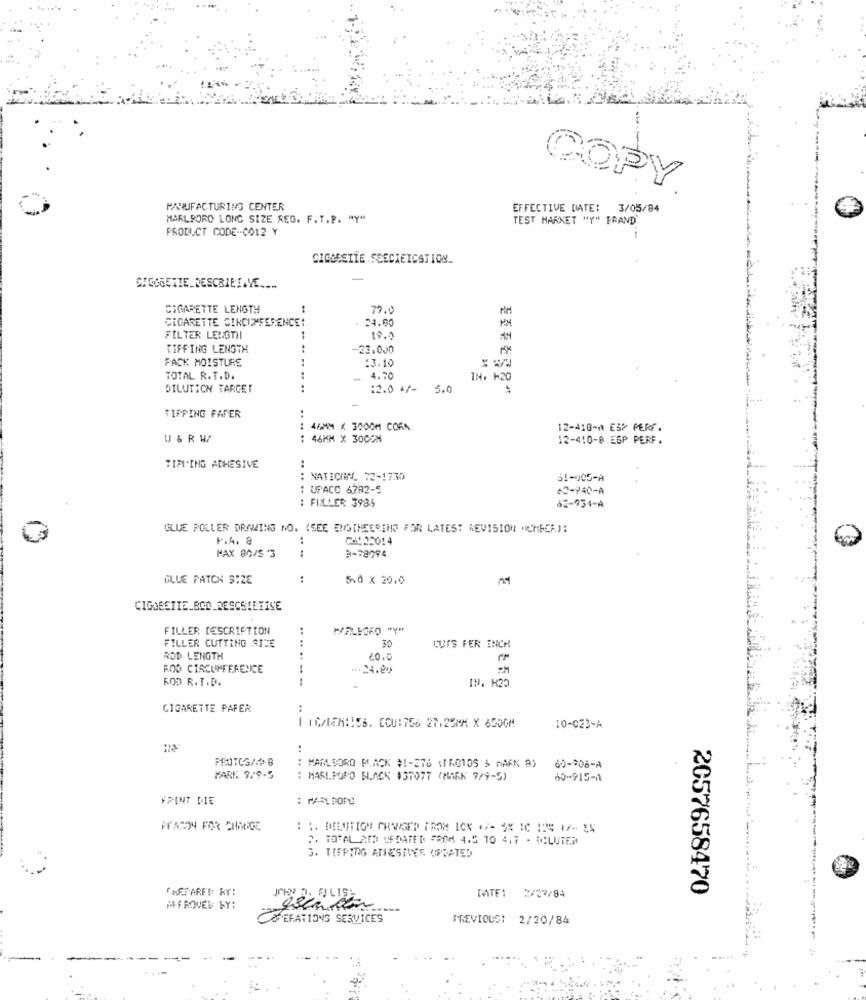
COPY
MANUFACTURING CENTER
EFFECTIVE DATE:
3/05/84
MARLBORO LONG SIZE REO. F. T.P. "Y"
TEST HARKET "Y" FRAND
PRODUCT CODE-CO12 Y
--
CIGGESTIE .SEECIEICSTION_
-
GIGGSETIE_DESCRIELAVE .....
CIGARETTE LENGTH
79.0
CIGARETTE CIRCUMFERENCE:
24.00
FILTER LENGTH
19.0
TIFFING LENGTH
-23.000
PACK MOISTURE
..
:3.10
TOTAL R.T.D.
4.70
IN. 120
돈조주한국용
DILUTION TARGET
12.0 +/-
5.0
TIPPING FAPER
..
46MM X 3000M CORA
..
12-418-4 ESP PERF.
U & R W/
: 46MM X 30COM
12-410-8 ESP PERF.
TIPI'ING ADHESIVE
NATICHNL 72-1730
..
51-05-À
: UPACC 6782-5
62-940-A
: FULLER 3985
62-934-A
GLUE POLLER DRAWING NO. (SEE ENGINEERING FOR LATEST REVISION "CHEER):
F.A. @
:
C-122014
MAX 80/S '3
3-78794
GLUE PATCH SIZE
:
5.0 × 20.0
FILLER DESCRIPTION
FILLER CUTTING SICE
30
CUTS FER INCH
ROD LENGTH
10.0
ROD CIRCUMFERENCE
1-24.29
ROD R. T.D.
IN. H30
CIGARETTE PAFER
...
IC/ICH: 156. CCU:756 27.25MM X 6500M
10-023-A
60-206-A
MARLBORO PACK #1-376 <ORG155 3 A6X 8)
MARK 9/9-5
: MARLPOPO BLACK #37077 (MARK 7/9-5)
60-915-1
FPINT DIE
: PASL DOPO
PFASON FOR CHMOIGE
2. TOTAL AND UPDATED FROM 4.5 TO 4,7 - CLUTER
3. TIFPING ANIESIVES UPDATED
"NETARFT RY:
2057658470
2/17/84
SEFATIONS SERVICES
PREVIOUS: 2/20/84